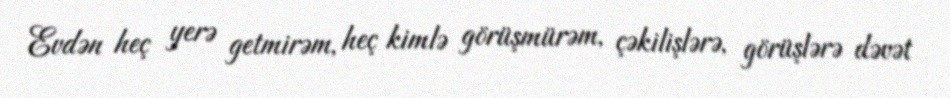
Evdən heç yerə getmirəm, heç kimlə görüşmürəm, çəkilişlərə, görüşlərə dəvət